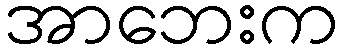
အာဘေးက